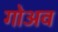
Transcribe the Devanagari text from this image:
गोअव